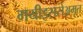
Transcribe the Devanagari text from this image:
गयीइससेअमृत